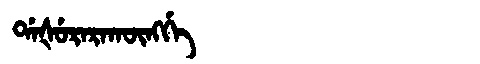
Manchu: ᡩᠠᡧᡠᡵᠠᡵᠠᡴᡡᠩᡤᡝ
Romanization: DAŠURARAKŪNGGE